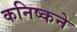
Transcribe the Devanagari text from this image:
कनिष्कने